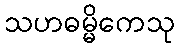
သဟဓမ္မိကေသု